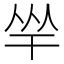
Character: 𢆑